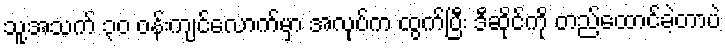
သူ့အသက် ၃၀ ဝန်းကျင်လောက်မှာ အလုပ်က ထွက်ပြီး ဒီဆိုင်ကို တည်ထောင်ခဲ့တာပဲ